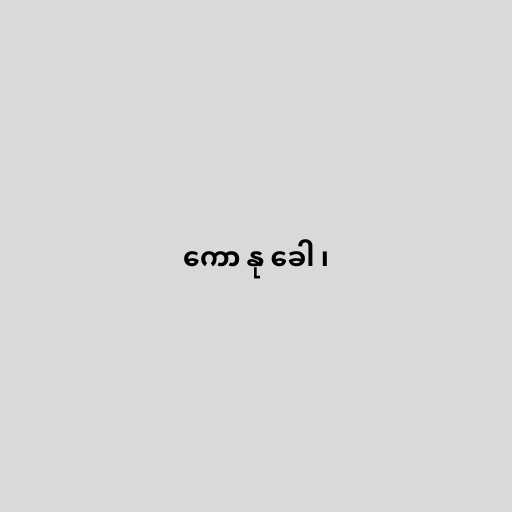
ကော နု ခေါ ၊